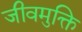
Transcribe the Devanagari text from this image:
जीवमुक्ति